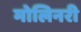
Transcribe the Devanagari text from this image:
मोलिनरी